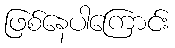
ဖြစ်နေပါကြောင်း